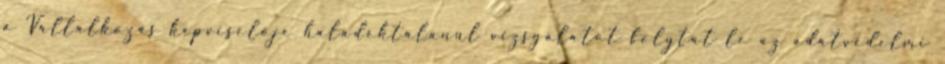
a Vállalkozás képviselője haladéktalanul vizsgálatot folytat le az adatvédelmi